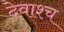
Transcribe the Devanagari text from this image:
देवाश्च